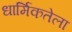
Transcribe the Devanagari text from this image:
धार्मिकतेला